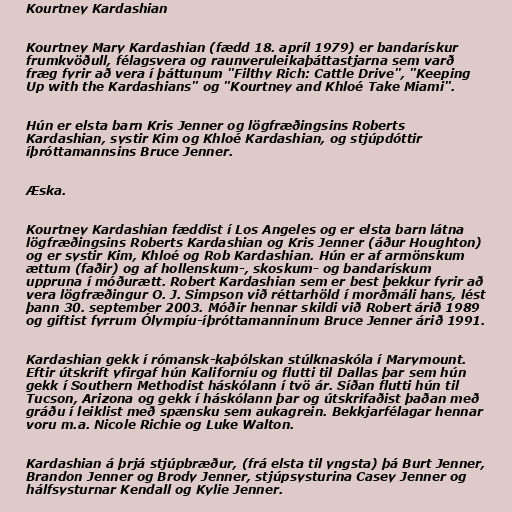
Kourtney Kardashian

Kourtney Mary Kardashian (fædd 18. apríl 1979) er bandarískur
frumkvöðull, félagsvera og raunveruleikaþáttastjarna sem varð
fræg fyrir að vera í þáttunum "Filthy Rich: Cattle Drive", "Keeping
Up with the Kardashians" og "Kourtney and Khloé Take Miami".

Hún er elsta barn Kris Jenner og lögfræðingsins Roberts
Kardashian, systir Kim og Khloé Kardashian, og stjúpdóttir
íþróttamannsins Bruce Jenner.

Æska.

Kourtney Kardashian fæddist í Los Angeles og er elsta barn látna
lögfræðingsins Roberts Kardashian og Kris Jenner (áður Houghton)
og er systir Kim, Khloé og Rob Kardashian. Hún er af armönskum
ættum (faðir) og af hollenskum-, skoskum- og bandarískum
uppruna í móðurætt. Robert Kardashian sem er best þekkur fyrir að
vera lögfræðingur O. J. Simpson við réttarhöld í morðmáli hans, lést
þann 30. september 2003. Móðir hennar skildi við Robert árið 1989
og giftist fyrrum Ólympíu-íþróttamanninum Bruce Jenner árið 1991.

Kardashian gekk í rómansk-kaþólskan stúlknaskóla í Marymount.
Eftir útskrift yfirgaf hún Kaliforníu og flutti til Dallas þar sem hún
gekk í Southern Methodist háskólann í tvö ár. Síðan flutti hún til
Tucson, Arizona og gekk í háskólann þar og útskrifaðist þaðan með
gráðu í leiklist með spænsku sem aukagrein. Bekkjarfélagar hennar
voru m.a. Nicole Richie og Luke Walton.

Kardashian á þrjá stjúpbræður, (frá elsta til yngsta) þá Burt Jenner,
Brandon Jenner og Brody Jenner, stjúpsysturina Casey Jenner og
hálfsysturnar Kendall og Kylie Jenner.